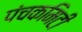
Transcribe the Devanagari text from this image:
पंचकमिटी